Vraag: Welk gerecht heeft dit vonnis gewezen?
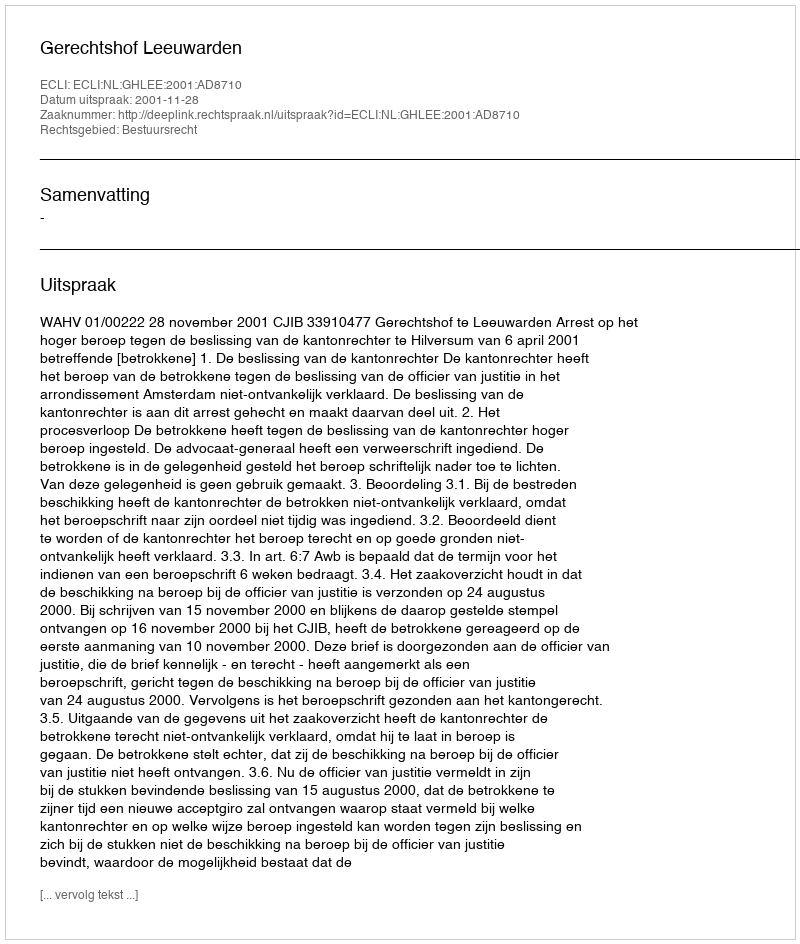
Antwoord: Gerechtshof Leeuwarden